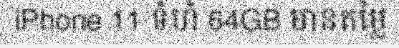
iPhone 11 ទំហំ 64GB មានតម្លៃ